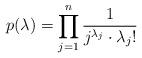
LaTeX: \begin{align*}p(\lambda) = \prod_{j=1}^n \frac 1{j^{\lambda_j} \cdot \lambda_j!}\end{align*}